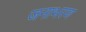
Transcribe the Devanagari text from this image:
जनाभरण